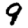
Digit: 9